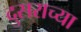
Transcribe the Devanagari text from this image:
दुसराच्या